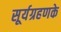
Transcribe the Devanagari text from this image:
सूर्यग्रहणके